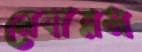
নেবারস